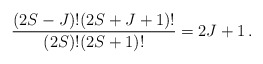
\begin{align*} \frac{ (2S-J)! (2S+J+1)! }{(2S)! (2S+1)!} = 2J+1\,. \end{align*}